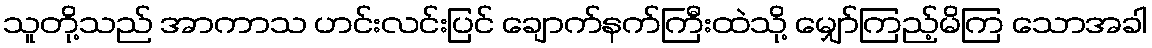
သူတို့သည် အာကာသ ဟင်းလင်းပြင် ချောက်နက်ကြီးထဲသို့ မျှော်ကြည့်မိကြ သောအခါ